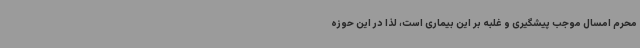
محرم امسال موجب پیشگیری و غلبه بر این بیماری است، لذا در این حوزه